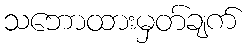
သဘောထားမှတ်ချက်